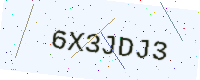
Text: 6X3JDJ3